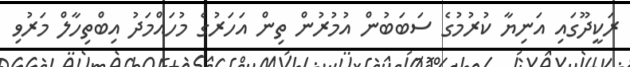
ރަކީދޫގައި އަނިޔާ ކުރުމުގެ ސަބަބުން އުމުރުން ތިން އަހަރުގެ މުހައްމަދު އިބްތިހާލް މަރުވި